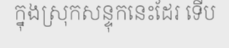
ក្នុងស្រុកសន្ទុកនេះដែរ ទើប